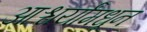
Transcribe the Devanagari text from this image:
आश्चर्यांमधून